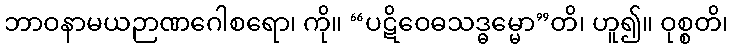
ဘာဝနာမယဉာဏဂေါစရော၊ ကို။ “ပဋိဝေဓသဒ္ဓမ္မော”တိ၊ ဟူ၍။ ဝုစ္စတိ၊